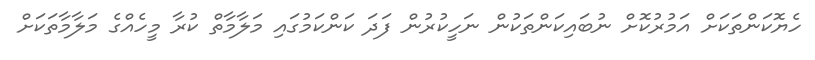
ހެޔޮކަންތަކަށް އަމުރުކޮށް ނުބައިކަންތަކުން ނަހީކުރުން ފަދަ ކަންކަމުގައި މަލާމާތް ކުރާ މީހެއްގެ މަލާމާތަކަށް